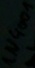
Text: 1N4001